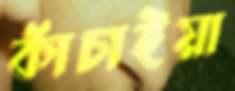
কাঁচাইয়া